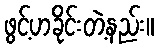
ဖွင့်ဟခိုင်းတဲ့နည်း။